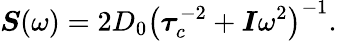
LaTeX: \boldsymbol{S}(\omega)=2D_{0}\left(\boldsymbol{\tau}_{c}^{-2}+\boldsymbol{I}\omega^{2}\right)^{-1}.